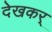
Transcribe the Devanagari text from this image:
देखकर्